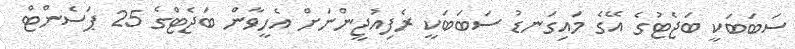
ސަބަބަކީ ބަޖެޓުގެ އޭގެ މައިގަނޑު ސަބަބަކީ ރެފިއުޖީންނަށް އެހީވާން ބަޖެޓްގެ 25 ޕަސެންޓް